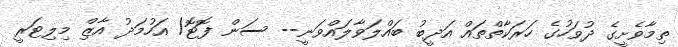
ތިމާވެށީގެ ދުވަހުގެ ހަރަކާތްތައް އަދީބު ބައްލަވާލައްވަނީ-- ސަން ފޮޓޮ/ އަހުމަދު އާޒިް މިލިޓަރީ